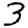
Digit: 3